Report on vaccination in Madras 1895-1903 - 1895-1903
Year: 1895
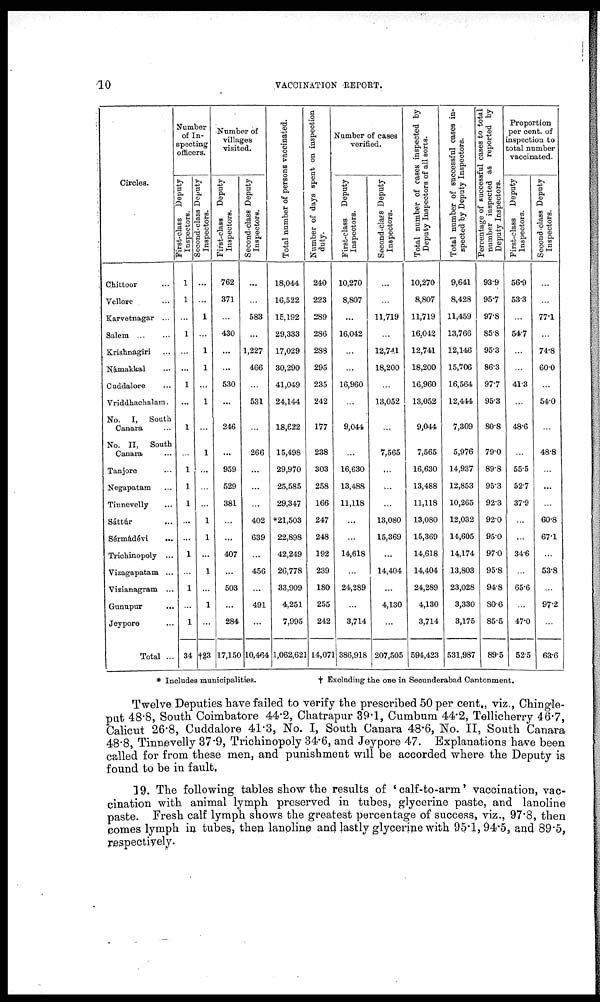
10
VACCINATION REPORT.
Circles.
Chittoor ...
Vellore ...
Karvetnagar ...
Salem
...
...
Krishnagiri ...
Námakkal ...
Cuddalore ...
Vriddhachalam.
No. I, South
Canara ...
No. II, South
Canara ...
Tanjore ...
Negapatam ...
Tinnevelly ...
Sáttúr ...
Sérmádevi
...
Trichinopoly ...
Vizagapatam ...
Vizianagram ...
Gunupur
...
Jeypore ...
Total ...
Number
of In-
specting
officers.
First-class Deputy
Inspectors.
1
1
...
1
...
...
1
...
1
...
1
1
1
...
...
1
...
1
...
1
34
Second-class Deputy
Inspectors.
...
...
1
...
1
1
...
1
...
1
...
...
...
1
1
...
1
...
1
...
†23
Number of
villages
visited.
First-class Deputy
Inspectors.
762
371
...
430
...
...
530
...
246
...
959
529
381
...
...
407
...
503
...
284
17,150
Second-class Deputy
Inspectors.
...
...
583
...
1,227
466
...
531
...
266
...
...
...
402
639
...
456
...
491
...
10,464
Total number of persons vaccinated.
18,044
16,522
15,192
29,333
17,029
30,290
41,049
24,144
18,622
15,498
29,970
25,585
29,347
*21,503
22,898
42,249
26,778
33,909
4,251
7,995
1,062,621
Number of days spent on inspection
duty.
240
223
289
286
288
295
235
242
177
238
303
258
166
247
248
192
239
180
255
242
14,071
Number of cases
verified.
First-class
Deputy
Inspectors.
10,270
8,807
...
16,042
...
...
16,960
...
9,044
...
16,630
13,488
11,118
...
...
14,618
...
24,289
...
3,714
386,918
Second-class Deputy
Inspectors.
...
...
11,719
...
12,741
18,200
...
13,052
...
7,565
...
...
...
13,080
15,369
...
14,404
...
4,130
...
207,505
Total number of cases inspected by
Deputy Inspectors of all sorts.
10,270
8,807
11,719
16,042
12,741
18,200
16,960
13,052
9,044
7,565
16,630
13,488
11,118
13,080
15,369
14,618
14,404
24,289
4,130
3,714
594,423
Total number of successful cases in-
spected by Deputy Inspectors.
9,641
8,428
11,459
13,766
12,146
15,706
16,564
12,444
7,309
5,976
14,937
12,853
10,265
12,032
14,605
14,174
13,803
23,028
3,330
3,175
531,987
Percentage of successful cases to total
number inspected as reported by
Deputy Inspectors.
93.9
95.7
97.8
85.8
95.3
86.3
97.7
95.3
80.8
79.0
89.8
95.3
92.3
92.0
95.0
97.0
95.8
94.8
80.6
85.5
89.5
Proportion
per cent. of
inspection to
total number
vaccinated.
First-class Deputy
Inspectors.
56.9
53.3
...
54.7
...
...
41.3
...
48.6
...
55.5
52.7
37.9
...
...
34.6
...
65.6
...
47.0
52.5
Second class Deputy
Inspectors.
...
...
77.1
...
74.8
60.0
...
54.0
...
48.8
...
...
...
60.8
67.1
...
53.8
...
97.2
...
63.6
* Includes municipalities.
† Excluding the one in Secunderabad Cantonment.
Twelve Deputies have failed to verify the prescribed 50 per cent., viz., Chingle¬
put 48.8, South Coimbatore 44.2, Chatrapur 39.1, Cumbum 44.2, Tellicherry 46.7,
Calicut 26.8, Cuddalore 41.3, No. I, South Canara 48.6, No. II, South Canara
48.8, Tinnevelly 37.9, Trichinopoly 34.6, and Jeypore 47. Explanations have been
called for from these men, and punishment will be accorded where the Deputy is
found to be in fault.
19. The following tables show the results of ' calf-to-arm' vaccination, vac-
cination with animal lymph preserved in tubes, glycerine paste, and lanoline
paste. Fresh calf lymph shows the greatest percentage of success, viz., 97.8, then
comes lymph in tubes, then lanoline and lastly glycerine with 95.1, 94.5, and 89.5,
respectively.